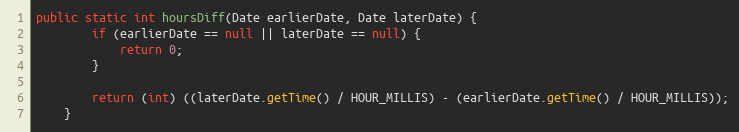
Language: Java
public static int hoursDiff(Date earlierDate, Date laterDate) {
        if (earlierDate == null || laterDate == null) {
            return 0;
        }

        return (int) ((laterDate.getTime() / HOUR_MILLIS) - (earlierDate.getTime() / HOUR_MILLIS));
    }